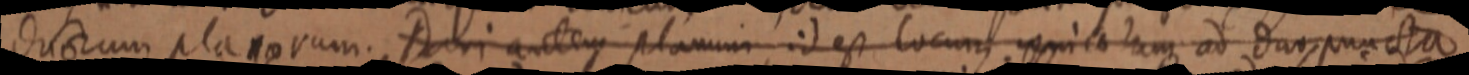
duorum planorum. Dari autem planum id est locum unico lam ad duo puncta